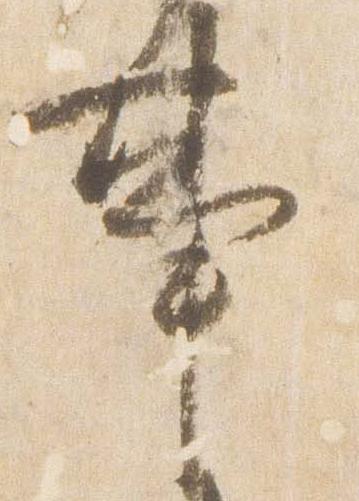
事